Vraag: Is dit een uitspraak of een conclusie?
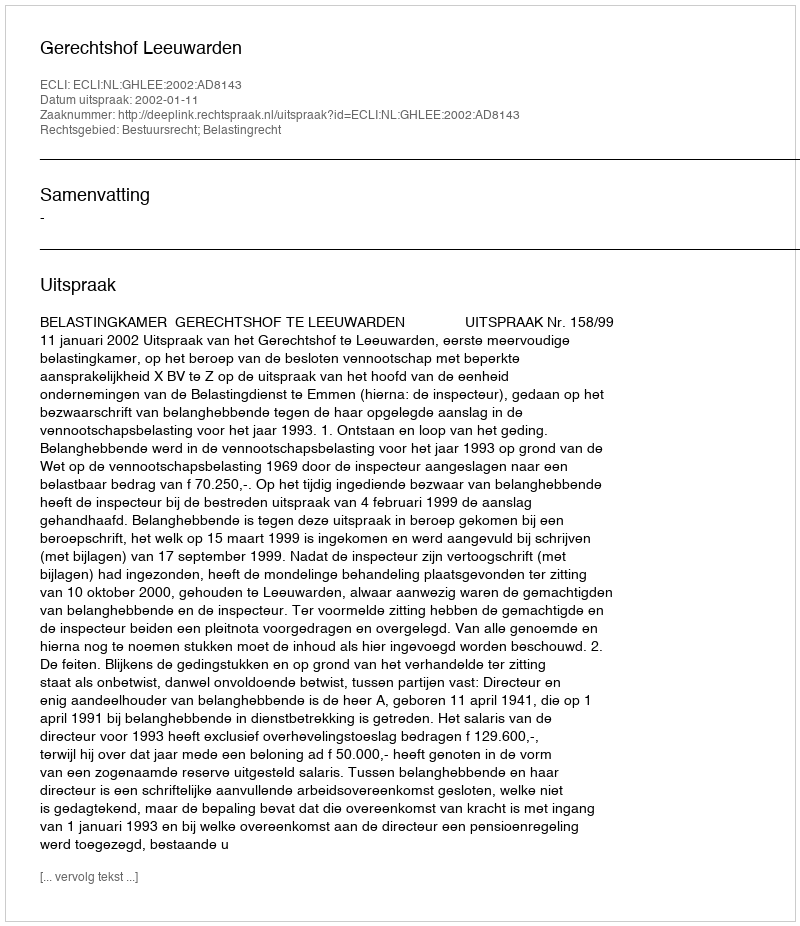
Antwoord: Uitspraak